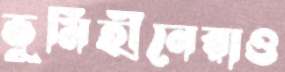
ভূমিহীনেরাও